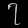
Digit: ၇